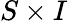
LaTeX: S\times I